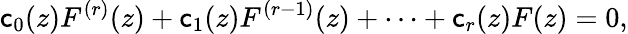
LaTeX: \mathsf{c}_{0}(z)F^{(r)}(z)+\mathsf{c}_{1}(z)F^{(r-1)}(z)+\cdots+\mathsf{c}_{r}(z)F(z)=0,